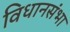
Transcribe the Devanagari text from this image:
विधानसंभा